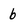
Character: b